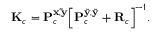
\mathbf { K } _ { c } = \mathbf { P } _ { c } ^ { \bf { x } , \tilde { \bf { y } } } { \left[ \mathbf { P } _ { c } ^ { \tilde { \bf { y } } , \tilde { \bf { y } } } + \mathbf { R } _ { c } \right] } ^ { - 1 } .